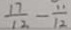
\frac { 1 7 } { 1 2 } - \frac { 1 1 } { 1 2 }